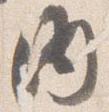
内